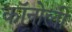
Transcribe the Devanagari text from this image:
कॉनोली